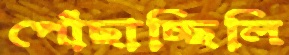
পোঁছাচ্ছিলি